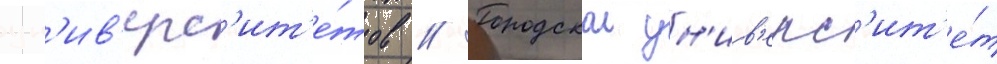
ун'ив'ерс'ит'е́тов // Городскои ун'ив'ерс'ит'е́т